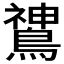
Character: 𬷫